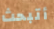
أتبحث